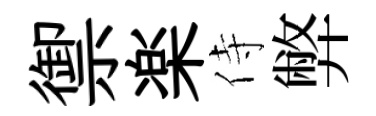
禦楽侍弊